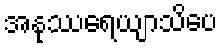
အနုဿရေယျာသိပေ